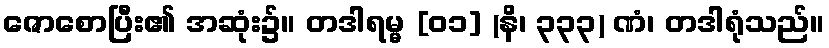
ဇောစောပြီး၏ အဆုံး၌။ တဒါရမ္မ [၀၁] (နိ၊ ၃၃၃) ဏံ၊ တဒါရုံသည်။